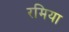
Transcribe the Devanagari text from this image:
रमिया